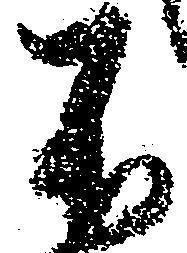
不